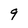
Character: 9